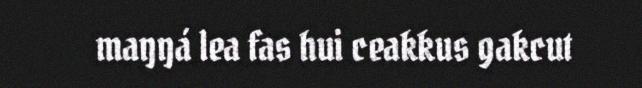
maŋŋá lea fas hui ceakkus gakcut